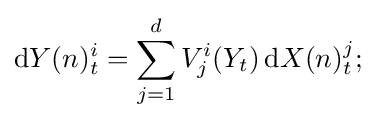
\mathrm {d} Y(n)_{t}^{i}=\sum _{j=1}^{d}V_{j}^{i}(Y_{t})\,\mathrm {d} X(n)_{t}^{j};